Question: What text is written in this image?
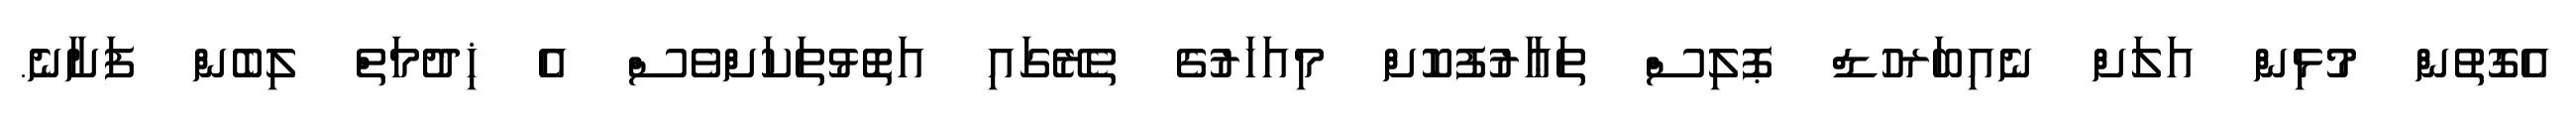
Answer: އެގޮތުން މުޅިން އަލަށް ނެއިބަރހުޑް ޕޮލިސް ތަޢާރުފުކޮށް މިއަހަރުގެ ތެރޭގައި އަތޮޅުތަކަށްވެސް އެ ޚިދުމަތް ލިބެން ފަށާނެ.